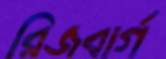
রিজবার্গ